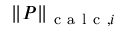
\| \boldsymbol { P } \| _ { \mathrm { ~ c ~ a ~ l ~ c ~ } , i }